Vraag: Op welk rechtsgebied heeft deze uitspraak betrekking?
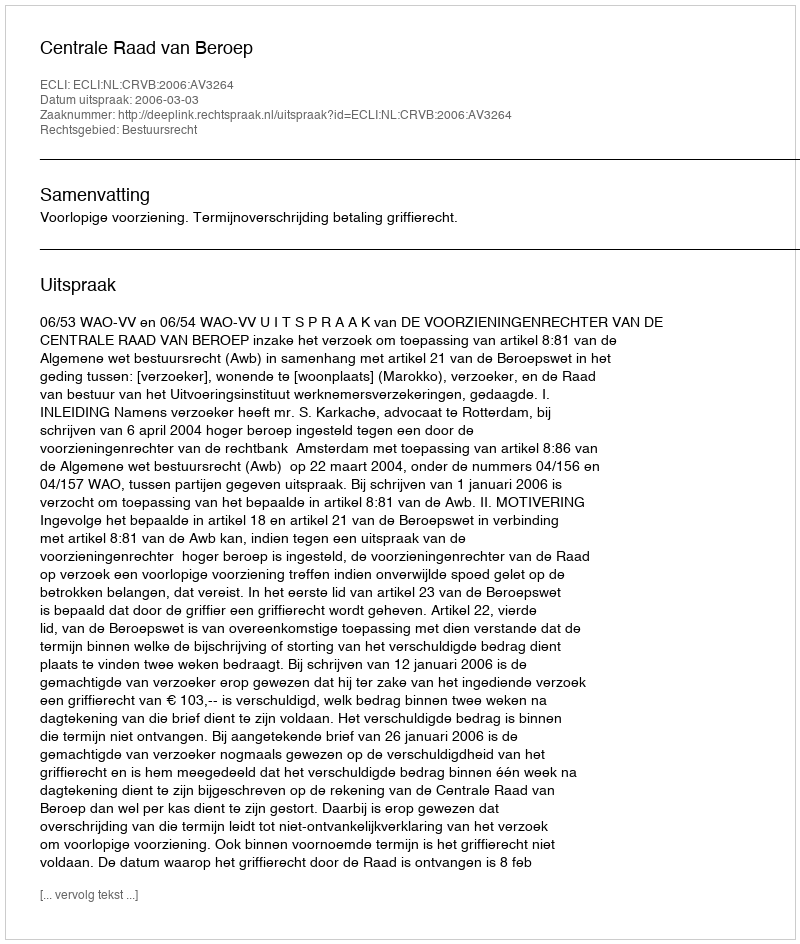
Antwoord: Bestuursrecht